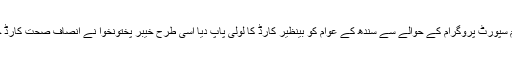
جس طرح پیپلز پارٹی نے بینظیر انکم سپورٹ پروگرام کے حوالے سے سندھ کے عوام کو بینظیر کارڈ کا لولی پاپ دیا اسی طرح خیبر پختونخوا نے انصاف صحت کارڈ جاری کرکے سیاسی شعبدہ بازی کی ۔